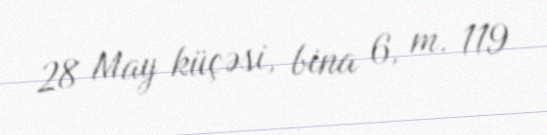
28 May küçəsi, bina 6, m. 119